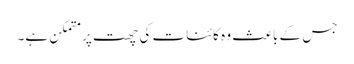
جس کے باعث وہ کائنات کی چھت پر متمکن ہے۔